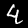
Label: 4